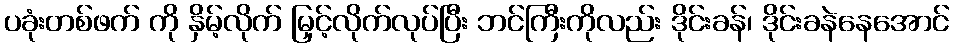
ပခုံးတစ်ဖက် ကို နှိမ့်လိုက် မြှင့်လိုက်လုပ်ပြီး ဘင်ကြီးကိုလည်း ဒိုင်းခန်၊ ဒိုင်းခနဲနေအောင်